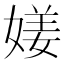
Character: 𡟜